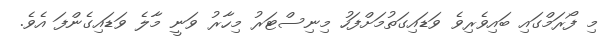
މި ފޯރަމްގައި ބައިވެރިވެ ވަޑައިގަތުމަށްފަހު މިނިސްޓަރު މިހާރު ވަނީ މާލެ ވަޑައިގެންފަ އެވެ.